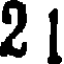
2 1